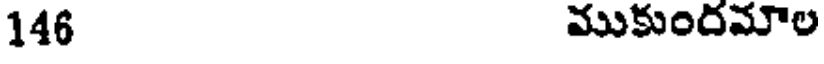
146 ముకుందమౌల